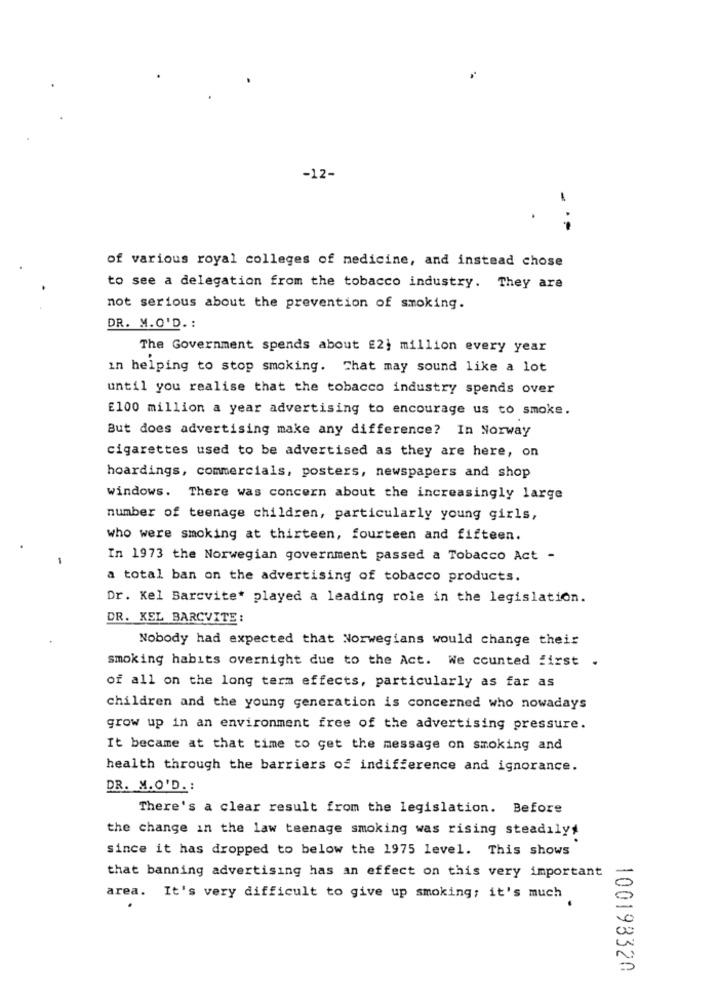
-12-
.-
of various royal colleges of medicine, and instead chose
to see a delegation from the tobacco industry. They are
not serious about the prevention of smoking.
DR. M.O'D .:
The Government spends about £2; million every year
in helping to stop smoking. That may sound like a lot
until you realise that the tobacco industry spends over
£100 million a year advertising to encourage us to smoke.
But does advertising make any difference? In Norway
cigarettes used to be advertised as they are here, on
hoardings, commercials, posters, newspapers and shop
windows. There was concern about the increasingly large
number of teenage children, particularly young girls,
who were smoking at thirteen, fourteen and fifteen.
In 1973 the Norwegian government passed a Tobacco Act -
a total ban on the advertising of tobacco products.
Dr. Kel Barcvite* played a leading role in the legislation.
DR. KEL BARCVITE:
Nobody had expected that Norwegians would change their
smoking habits overnight due to the Act. We counted first .
of all on the long term effects, particularly as far as
children and the young generation is concerned who nowadays
grow up in an environment free of the advertising pressure.
It became at that time to get the message on smoking and
health through the barriers of indifference and ignorance.
DR. M.O'D. :
There's a clear result from the legislation. Before
the change in the law teenage smoking was rising steadilys
since it has dropped to below the 1975 level. This shows
that banning advertising has an effect on this very important
area. It's very difficult to give up smoking; it's much
100198320